Vaccination in the Punjab 1867-1880 - 1867-1880
Year: 1867
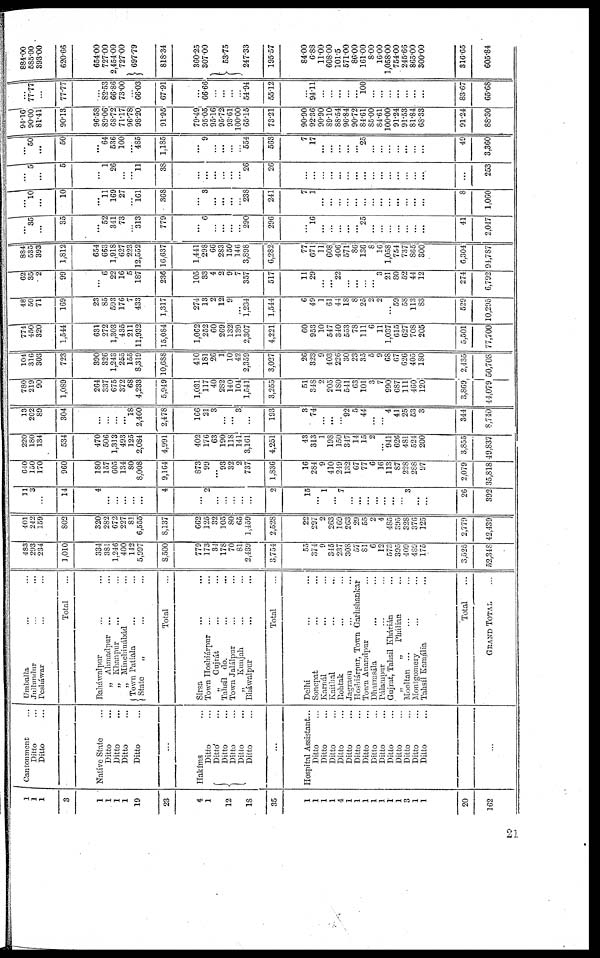
1
1
1
3
1
1
1
1
19
23
4
1
12
18
35
1
1
1
1
4
1
1
1
1
1
1
1
3
1
1
20
162
Cantonment ...
Ditto ...
Ditto ...
...
Native State ...
Ditto ...
Ditto ...
Ditto ...
Ditto ...
...
Hakíms ...
Ditto ...
Ditto ...
Ditto ...
Ditto ...
Ditto ...
Ditto ...
...
Hospital Assistant...
Ditto ...
Ditto ...
Ditto ...
Ditto ...
Ditto ...
Ditto ...
Ditto ...
Ditto ...
Ditto ...
Ditto ...
Ditto ...
Ditto ...
Ditto ...
Ditto ...
...
Umballa ... ...
Jullundur ... ...
Pesháwar ... ...
Total ...
Baháwalpur ... ...
„ Ahmadpur ... ...
„ Khanpnr ... ...
„ Minchinábád ... ...
Town Patiala ... ...
State
., ... ...
Total ...
Sirsa ... ...
Town Hoshiárpur
... ...
.,
Gujrát ... ...
Tahsíl do. ... ...
Town Jalálpur ... ...
„
Kunjah ... ...
Bháwalpur ... ...
Total ...
Delhi ... ...
Sonepat ... ...
Karnál ... ...
Kaithal ... ...
Rohtak ... ...
Jagraon ... ...
Hoshiárpur, Town Garhshankar
Town Anandpur ... ...
Dharmsála ... ...
Pálampur ... ...
Gujrat, Tahsil Khárián ... ...
.,
„
Phálian ... ...
Mooltan ... ...
Montgomery ... ...
Tahsíl Kamália ... ...
Total ...
GRAND TOTAL ...
483
293
234
1,010
334
381
1,246
400
142
5,997
8,500
779
173
34
178
70
81
2,139
3,754
55
374
9
315
237
308
57
81
6
12
573
395
409
489
175
3,525
52,318
401
242
159
802
320
282
672
227
83
6,555
8,137
662
125
32
105
80
65
1,459
2,528
22
297
2
263
169
263
29
55
2
4
485
395
328
376
125
2,779
42,439
11
3
...
14
4
...
...
...
...
...
4
...
2
...
...
...
...
...
2
15
...
1
...
7
...
...
...
...
...
...
...
3
...
...
26
392
640
130
170
960
180
157
605
134
8O
8,008
9,164
873
99
...
93
32
2
737
1,836
16
284
9
410
219
132
67
77
6
16
113
87
228
288
97
2,079
35,818
220
180
134
534
470
506
1,313
493
125
2,084
4,991
402
176
63
190
118
141
3,161
4,251
43
313
1
198
150
347
14
15
2
...
941
626
481
524
200
3,855
49,837
13
202
89
304
...
...
...
...
18
2,460
2,478
166
21
3
...
...
3
...
193
3
74
...
...
...
92
5
44
...
...
4
41
25
53
3
344
8,710
780
219
90
1,089
264
337
675
372
68
4,233
5,949
1,031
117
40
282
140
104
1,541
3,255
51
348
2
205
180
511
63
101
3
7
990
687
111
460
120
3,869
44,079
104
316
303
723
390
326
1,243
255
155
8,319
10,688
410
181
26
1
10
42
2,359
3,027
26
323
9
403
226
30
23
35
5
9
68
67
626
405
180
2,135
50,708
774
450
320
1,544
631
272
1,303
435
211
11,932
15,084
1,062
252
60
269
132
139
2,307
4,221
60
953
10
547
340
553
78
111
6
11
1,037
615
627
708
205
5,501
77,700
48
50
71
169
23
85
593
176
7
433
1,317
274
13
2
12
9
...
1,234
1,544
6
49
1
61
44
18
8
25
2
2
...
59
58
113
83
529
10,295
62
35
2
99
...
6
22
16
5
187
236
105
33
4
2
9
7
357
517
11
29
...
...
22
...
...
...
...
3
21
80
52
44
12
274
6,792
884
535
393
1,812
654
663
1,918
627
223
12,552
16,637
1,441
298
66
283
150
146
3,898
6,282
77
671
11
608
406
57l
86
136
8
16
1,058
754
737
865
300
6,304
91,787
...
35
...
35
...
52
341
73
...
313
779
...
6
...
...
...
...
290
296
...
16
...
...
...
...
...
25
...
...
...
...
...
...
...
41
2,017
...
10
...
10
....
11
169
27
...
161
368
...
3
...
...
...
...
238
241
7
1
...
...
...
...
...
...
...
...
...
...
...
...
...
8
1,060
...
5
...
5
...
1
26
...
...
11
3S
...
...
...
...
...
...
26
26
...
...
...
...
...
...
...
...
...
...
...
...
...
...
...
...
253
...
50
...
50
...
64
536
100
...
485
1,185
..
9
...
...
...
...
554
563
7
17
...
...
...
...
...
25
...
...
...
...
...
...
...
49
3,360
94.16
90.00
81.41
90.13
96.58
89.06
68.72
71.17
96.78
98.20
91.95
79.49
95.05
95.16
95.72
93.61
100.00
65.15
73.21
90.90
92.36
90.90
89.10
88.54
96.84
90.72
84.61
85.00
84.61
100.00
91.24
91.53
81.84
68.33
91.24
88.30
...
77.77
...
77.77
...
82.53
66.86
73.00
...
66.03
67.91
...
66.66
...
...
...
...
54.94
55.12
...
94.11
...
...
...
...
...
100
...
...
...
...
...
...
...
83.67
65.68
884.00
585.00
393.00
620.66
654.00
727.00
2,454.00
727.00
... 697.79
818.34
360.25
307.00
53.75
247.33
195.57
84.00
6.88
11.00
608.00
101.5
571.00
86.00
161.00
8.00
16.00
1,058.00
754.00
245.66
865.00
300.00
316.66
605.84
21